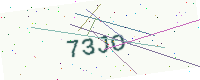
Text: 73JO